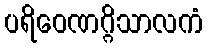
ပရိဝေဏဂ္ဂိသာလကံ